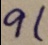
9 1